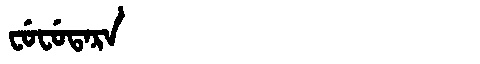
Manchu: ᠸᡠᠸᡠᡨᠠᡵᠠ
Romanization: FUFUTARA